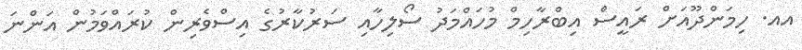
އއ. ހިމަންދޫއަށް ރައީސް އިބްރާހިމް މުހައްމަދު ސޯލިހާއި ސަރުކާރުގެ އިސްވެރިން ކުރައްވަމުން އަންނަ